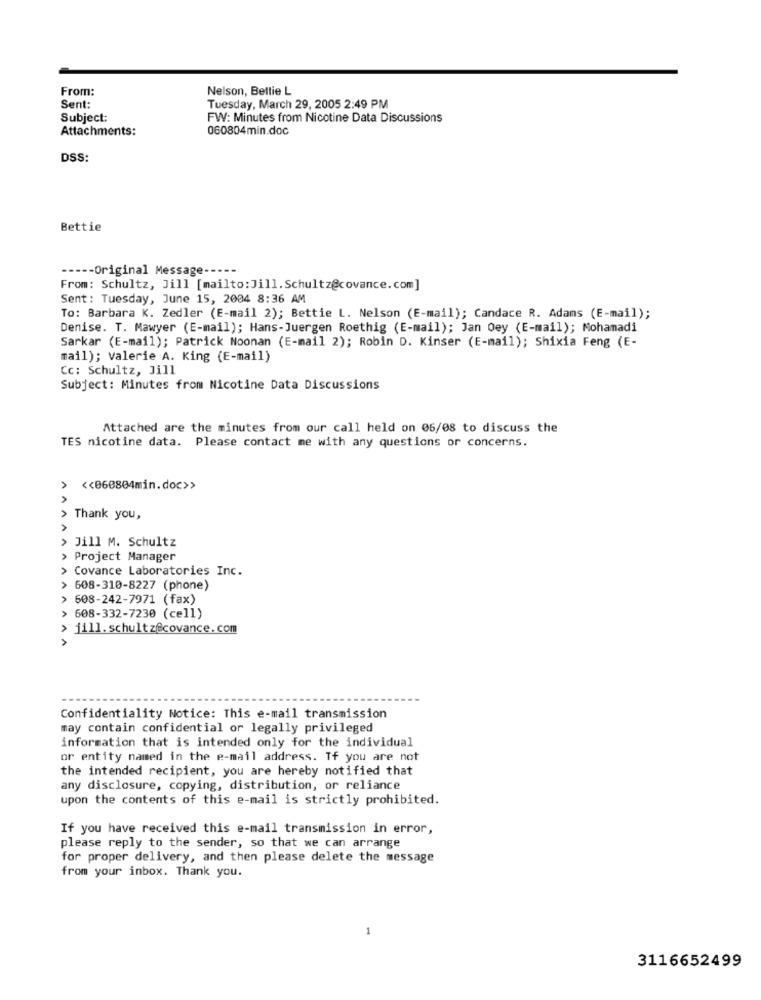
From:
Nelson, Bettie L
Sent:
Tuesday, March 29, 2005 2:49 PM
Subject:
FW: Minutes from Nicotine Data Discussions
Attachments:
060804min.doc
DSS:
Bettie
----- Original Message -----
From: Schultz, Jill [mailto: Jill. Schultz@covance.com]
Sent: Tuesday, June 15, 2004 8:36 AM
To: Barbara K. Zedler (E-mail 2); Bettie L. Nelson (E-mail); Candace R. Adams (E-mail);
Denise. T. Mawyer (E-mail); Hans-Juergen Roethig (E-mail); Jan Oey (E-mail); Mohamadi
Sarkar (E-mail); Patrick Noonan (E-mail 2); Robin D. Kinser (E-mail); Shixia Feng (E-
mail); Valerie A. King (E-mail)
Cc: Schultz, Jill
Subject: Minutes from Nicotine Data Discussions
Attached are the minutes from our call held on 06/08 to discuss the
TES nicotine data. Please contact me with any questions or concerns.
<< 060804min.doc>>
> Thank you,
AAAA
Jill M. Schultz
> Project Manager
> Covance Laboratories Inc.
> 608-310-8227 (phone)
> 608-242-7971 (fax)
608-332-7230 (cell)
jill.schultz@covance. com
A
Confidentiality Notice: This e-mail transmission
may contain confidential or legally privileged
information that is intended only for the individual
or entity named in the e-mail address. If you are not
the intended recipient, you are hereby notified that
any disclosure, copying, distribution, or reliance
upon the contents of this e-mail is strictly prohibited.
If you have received this e-mail transmission in error,
please reply to the sender, so that we can arrange
for proper delivery, and then please delete the message
from your inbox. Thank you.
1
3116652499